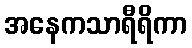
အနေကသာရီရိကာ